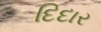
દિદાર